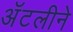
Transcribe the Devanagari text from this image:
अॅटलीने